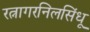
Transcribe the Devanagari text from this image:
रत्नागरनिलसिंधू